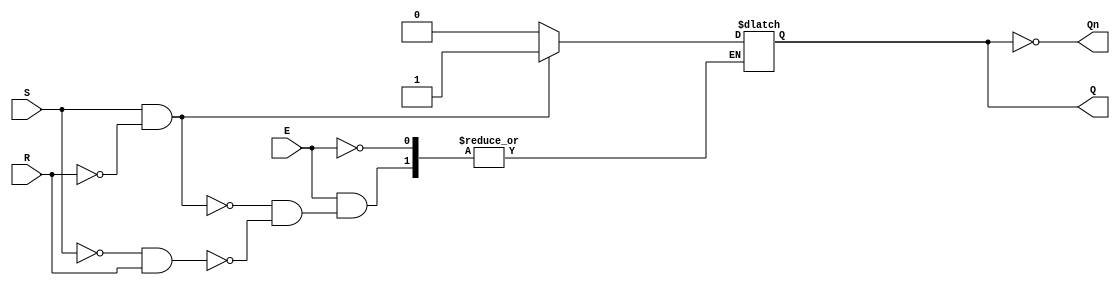
module gated_sr_latch (
    input wire S,      // Set input
    input wire R,      // Reset input
    input wire E,      // Enable input
    output reg Q,      // Output Q
    output wire Qn     // Complementary output Q'
);

    // Complementary output
    assign Qn = ~Q;

    // Always block to implement the gated SR latch behavior
    always @ (S or R or E) begin
        if (E) begin
            if (S && ~R) begin
                Q <= 1;   // Set state
            end else if (~S && R) begin
                Q <= 0;   // Reset state
            end // If both S and R are low, retain previous state
            // If both S and R are high, the state is indeterminate
        end
        // When E is low, Q retains its previous state
    end

endmodule